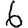
Digit: 6